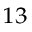
^ { 1 3 }